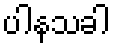
ပါနသခါ